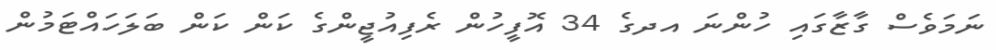
ނަމަވެސް ގާޒާގައި ހުންނަ އދގެ 34 އޮފީހުން ރެފިއުޖީންގެ ކަން ކަން ބަލަހައްޓަމުން